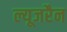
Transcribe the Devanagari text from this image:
ल्यूजरैन